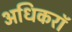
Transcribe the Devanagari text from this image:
अधिकरॉ